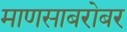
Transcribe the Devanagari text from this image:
माणसाबरोबर